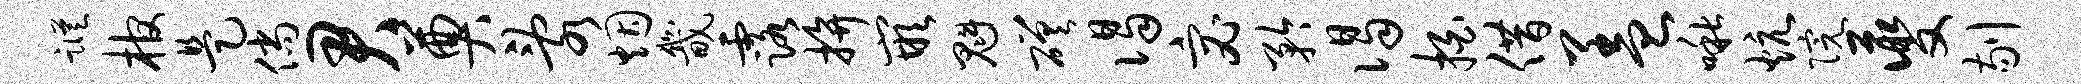
踪棺是倘君奠乱烟畿露拚嵌魁磋谒宓矜谒拍借盖啾炕院夔剔